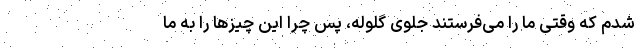
شدم که وقتی ما را می‌فرستند جلوی گلوله، پس چرا این چیزها را به ما